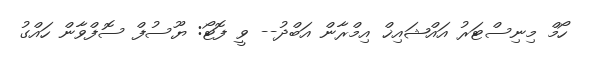
ހޯމް މިނިސްޓަރު އައްޝައިޚް އިމްރާން އަބްދު-- ވީ ފޮޓޯ: ޔޫސުފް ސޮފްވާން ހައްގު